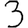
Digit: 3